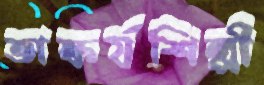
ভাস্কর্যশিল্পী